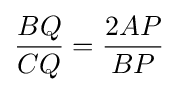
{\frac {BQ}{CQ}}={\frac {2AP}{BP}}